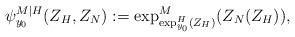
LaTeX: \begin{align*}\psi_{y_0}^{M|H}(Z_H, Z_N) := \exp_{\exp_{y_0}^{H}(Z_H)}^{M}(Z_N(Z_H)),\end{align*}